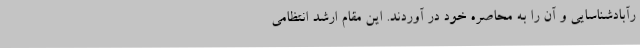
رآبادشناسایی و آن را به محاصره خود در آوردند. این مقام ارشد انتظامی